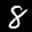
Label: 8